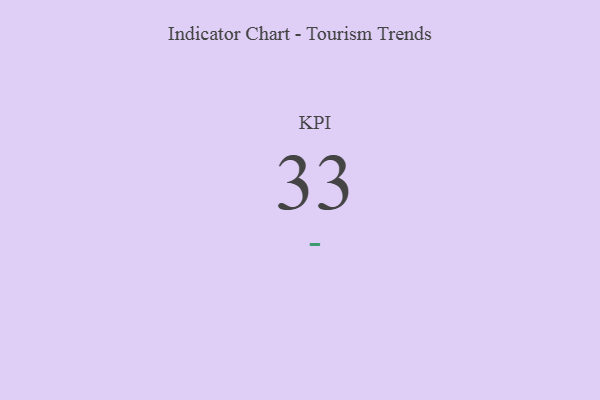
{"axis": {"x": "KPI", "y": "Value"}, "legend": [""], "data": [{"x": "KPI", "y": 33, "type": ""}]}